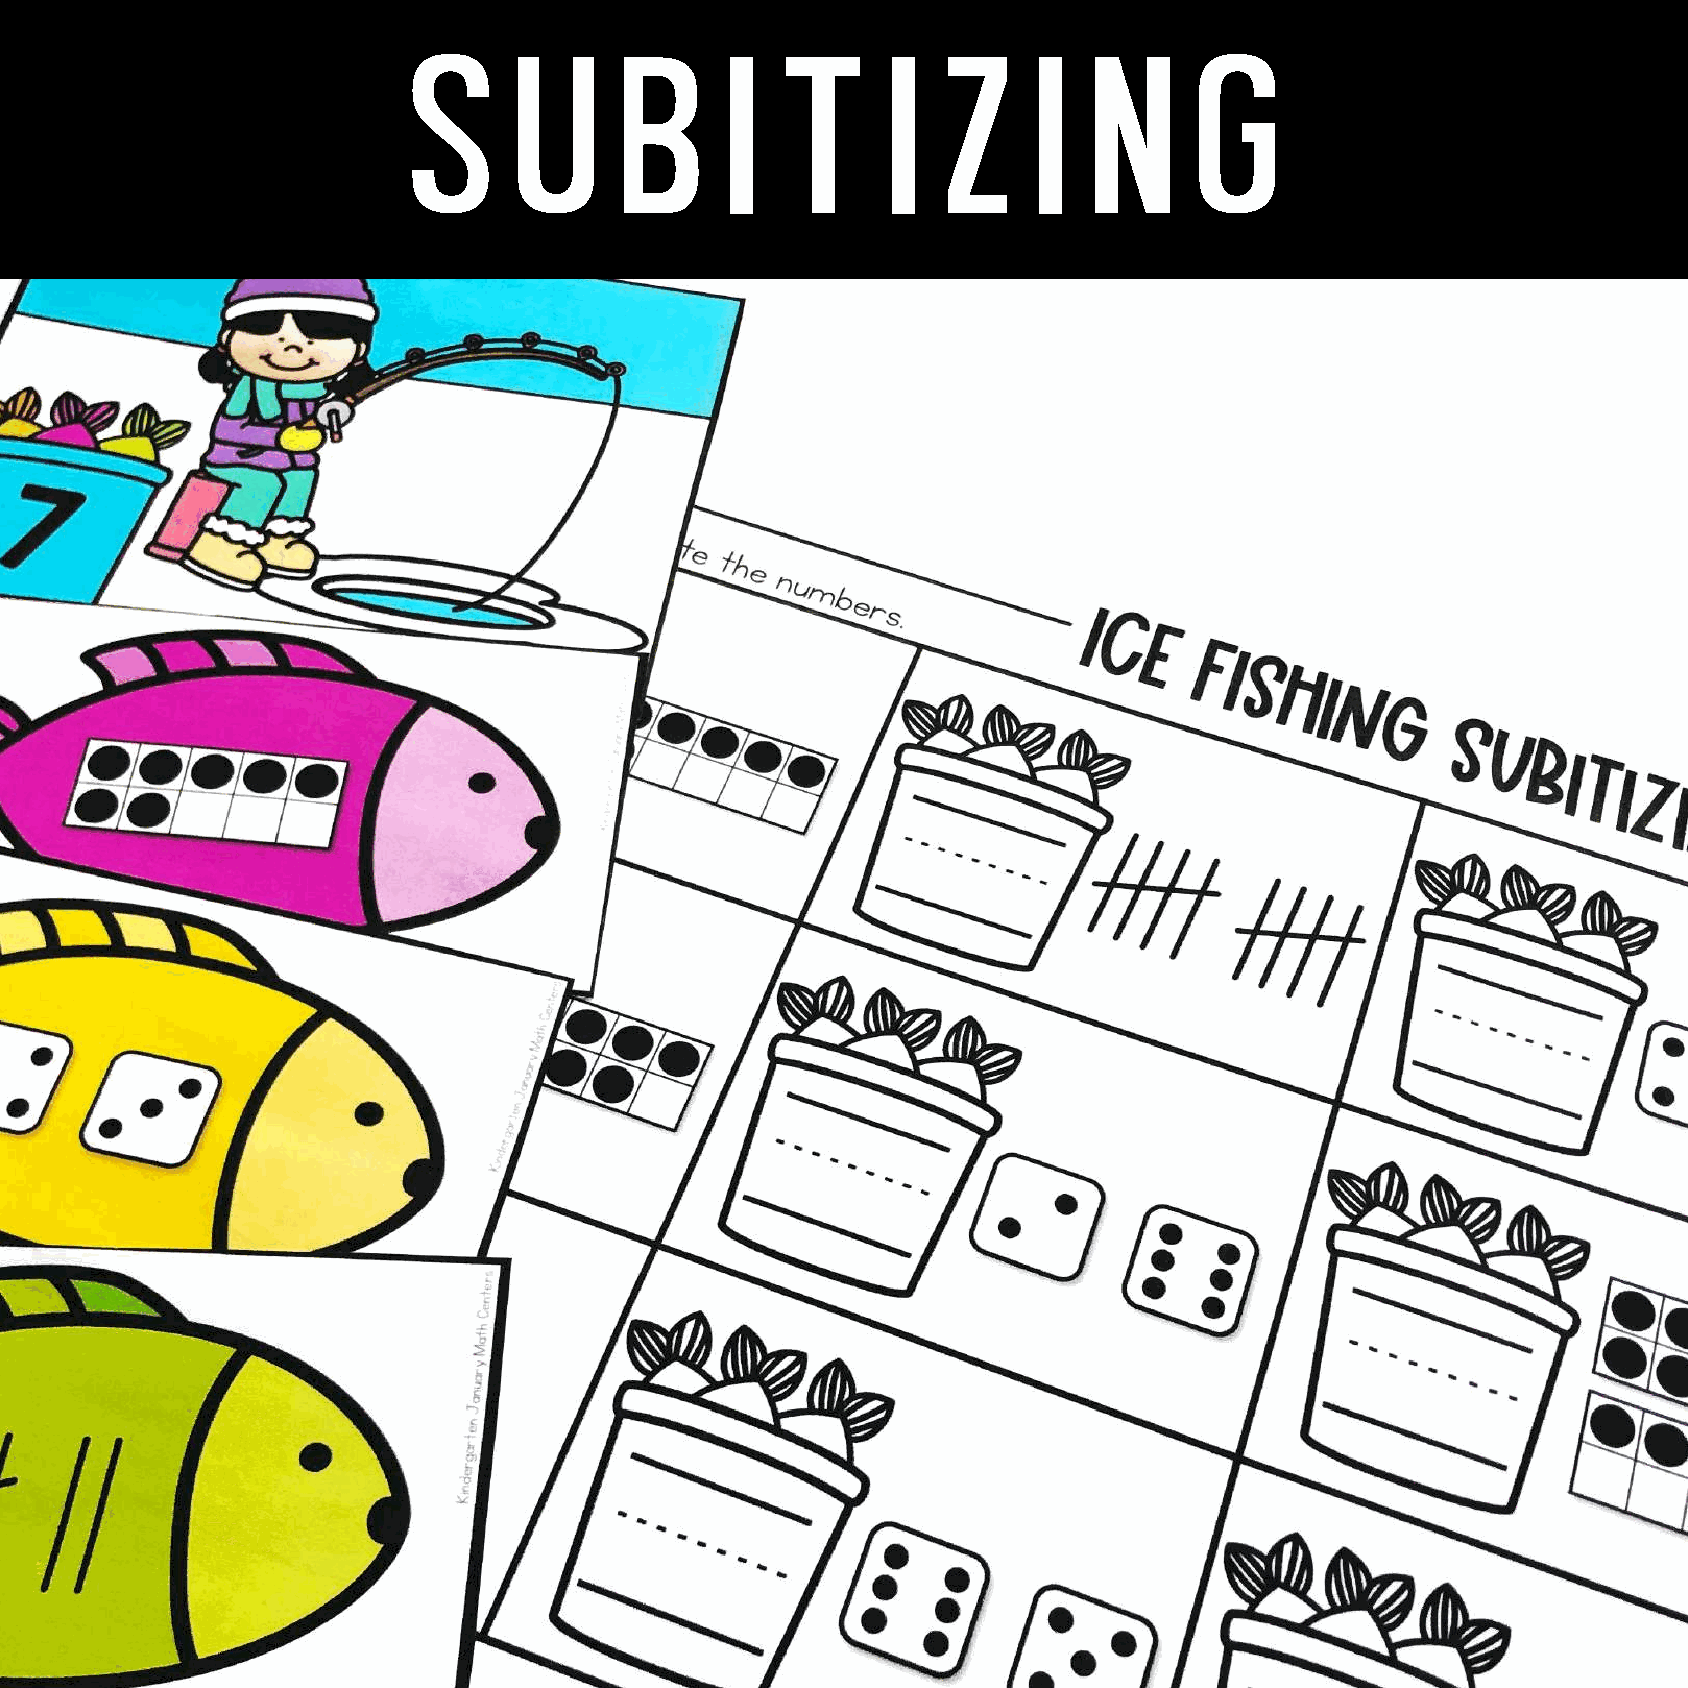
s      u      b      i   t      i  z     i   n      g